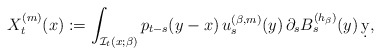
\begin{align*}X^{(m)}_t(x):=\int_{\mathcal{I}_t(x;\beta)} p_{t-s}(y-x)\, u_s^{(\beta,m)}(y) \,\partial_s B^{(h_\beta)}_s(y)\,\d y,\end{align*}